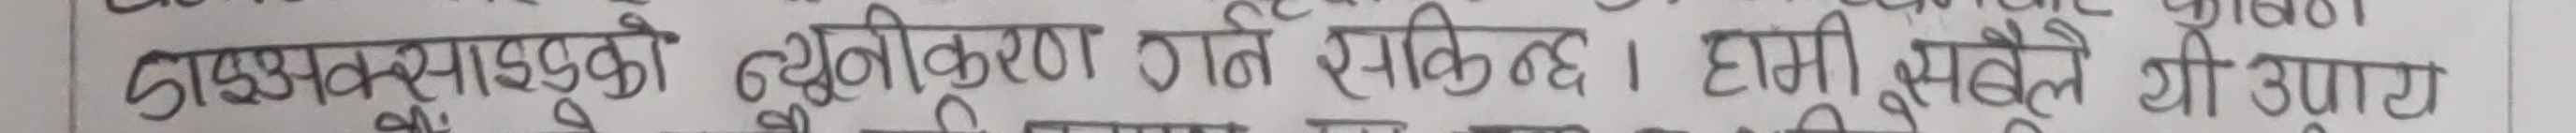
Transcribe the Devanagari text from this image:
ढाडसम्बन्धाको न्युनीकरण गर्न सकिन्छ । हामी झैले जो उपाय